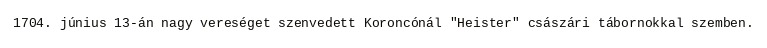
1704. június 13-án nagy vereséget szenvedett Koroncónál "Heister" császári tábornokkal szemben.